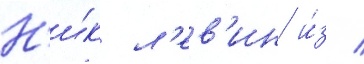
Н'и́к л'ев'ин и́з